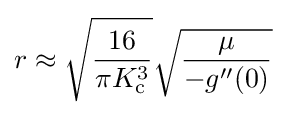
r\approx {\sqrt {\frac {16}{\pi K_{\mathrm {c} }^{3}}}}{\sqrt {\frac {\mu }{-g^{\prime \prime }(0)}}}